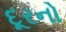
દૂરનો